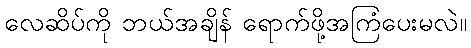
လေဆိပ်ကို ဘယ်အချိန် ရောက်ဖို့အကြံပေးမလဲ။